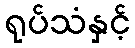
ရုပ်သံနှင့်